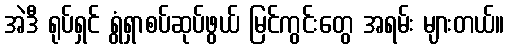
အဲဒီ ရုပ်ရှင် ရွံရှာစပ်ဆုပ်ဖွယ် မြင်ကွင်းတွေ အရမ်း များတယ်။